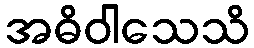
အဓိဝါသေသိ